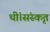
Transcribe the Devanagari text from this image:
थीं।संस्कृत